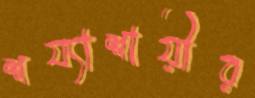
শয্যাশায়ীর